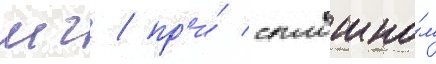
мг / пр'и́ сплошно́м